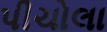
પીચોલા